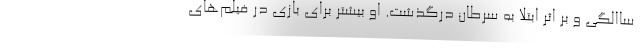
ساالگی و بر اثر ابتلا به سرطان درگذشت. او بیشتر برای بازی در فیلم‌های